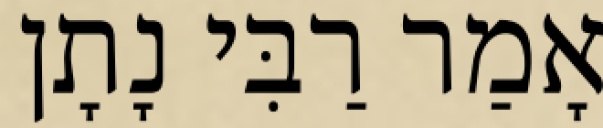
אָמַר רַבִּי נָתָן